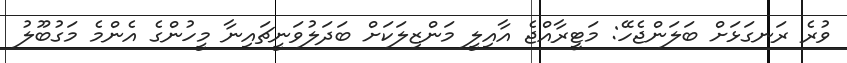
ވުރެ ރަނގަޅަށް ބަލަންޖެހޭ: މަޓީރާއްޖެ އާއިލީ މަންޒިލަކަށް ބަދަލުވަނީޗައިނާ މީހުންގެ އެންމެ މަގުބޫލު